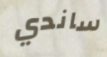
ساندي